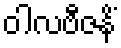
ဝါလဗီဇနိံ